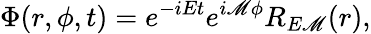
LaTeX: \Phi(r,\phi,t)=e^{-iEt}e^{i\mathscr{M}\phi}R_{E\mathscr{M}}(r),